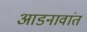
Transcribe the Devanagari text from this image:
आडनावांत